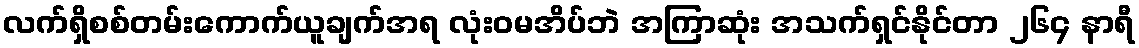
လက်ရှိစစ်တမ်းကောက်ယူချက်အရ လုံးဝမအိပ်ဘဲ အကြာဆုံး အသက်ရှင်နိုင်တာ ၂၆၄ နာရီ